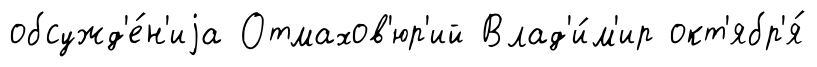
обсужд'е́н'иjа Отмахов'юр'ий Влад'и́м'ир окт'ябр'я́